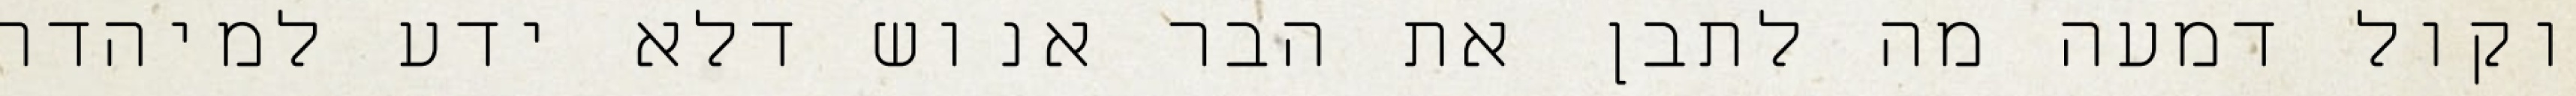
וקול דמעה מה לתבן את הבר אנוש דלא ידע למיהדר